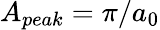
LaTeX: A_{peak}=\pi/a_{0}